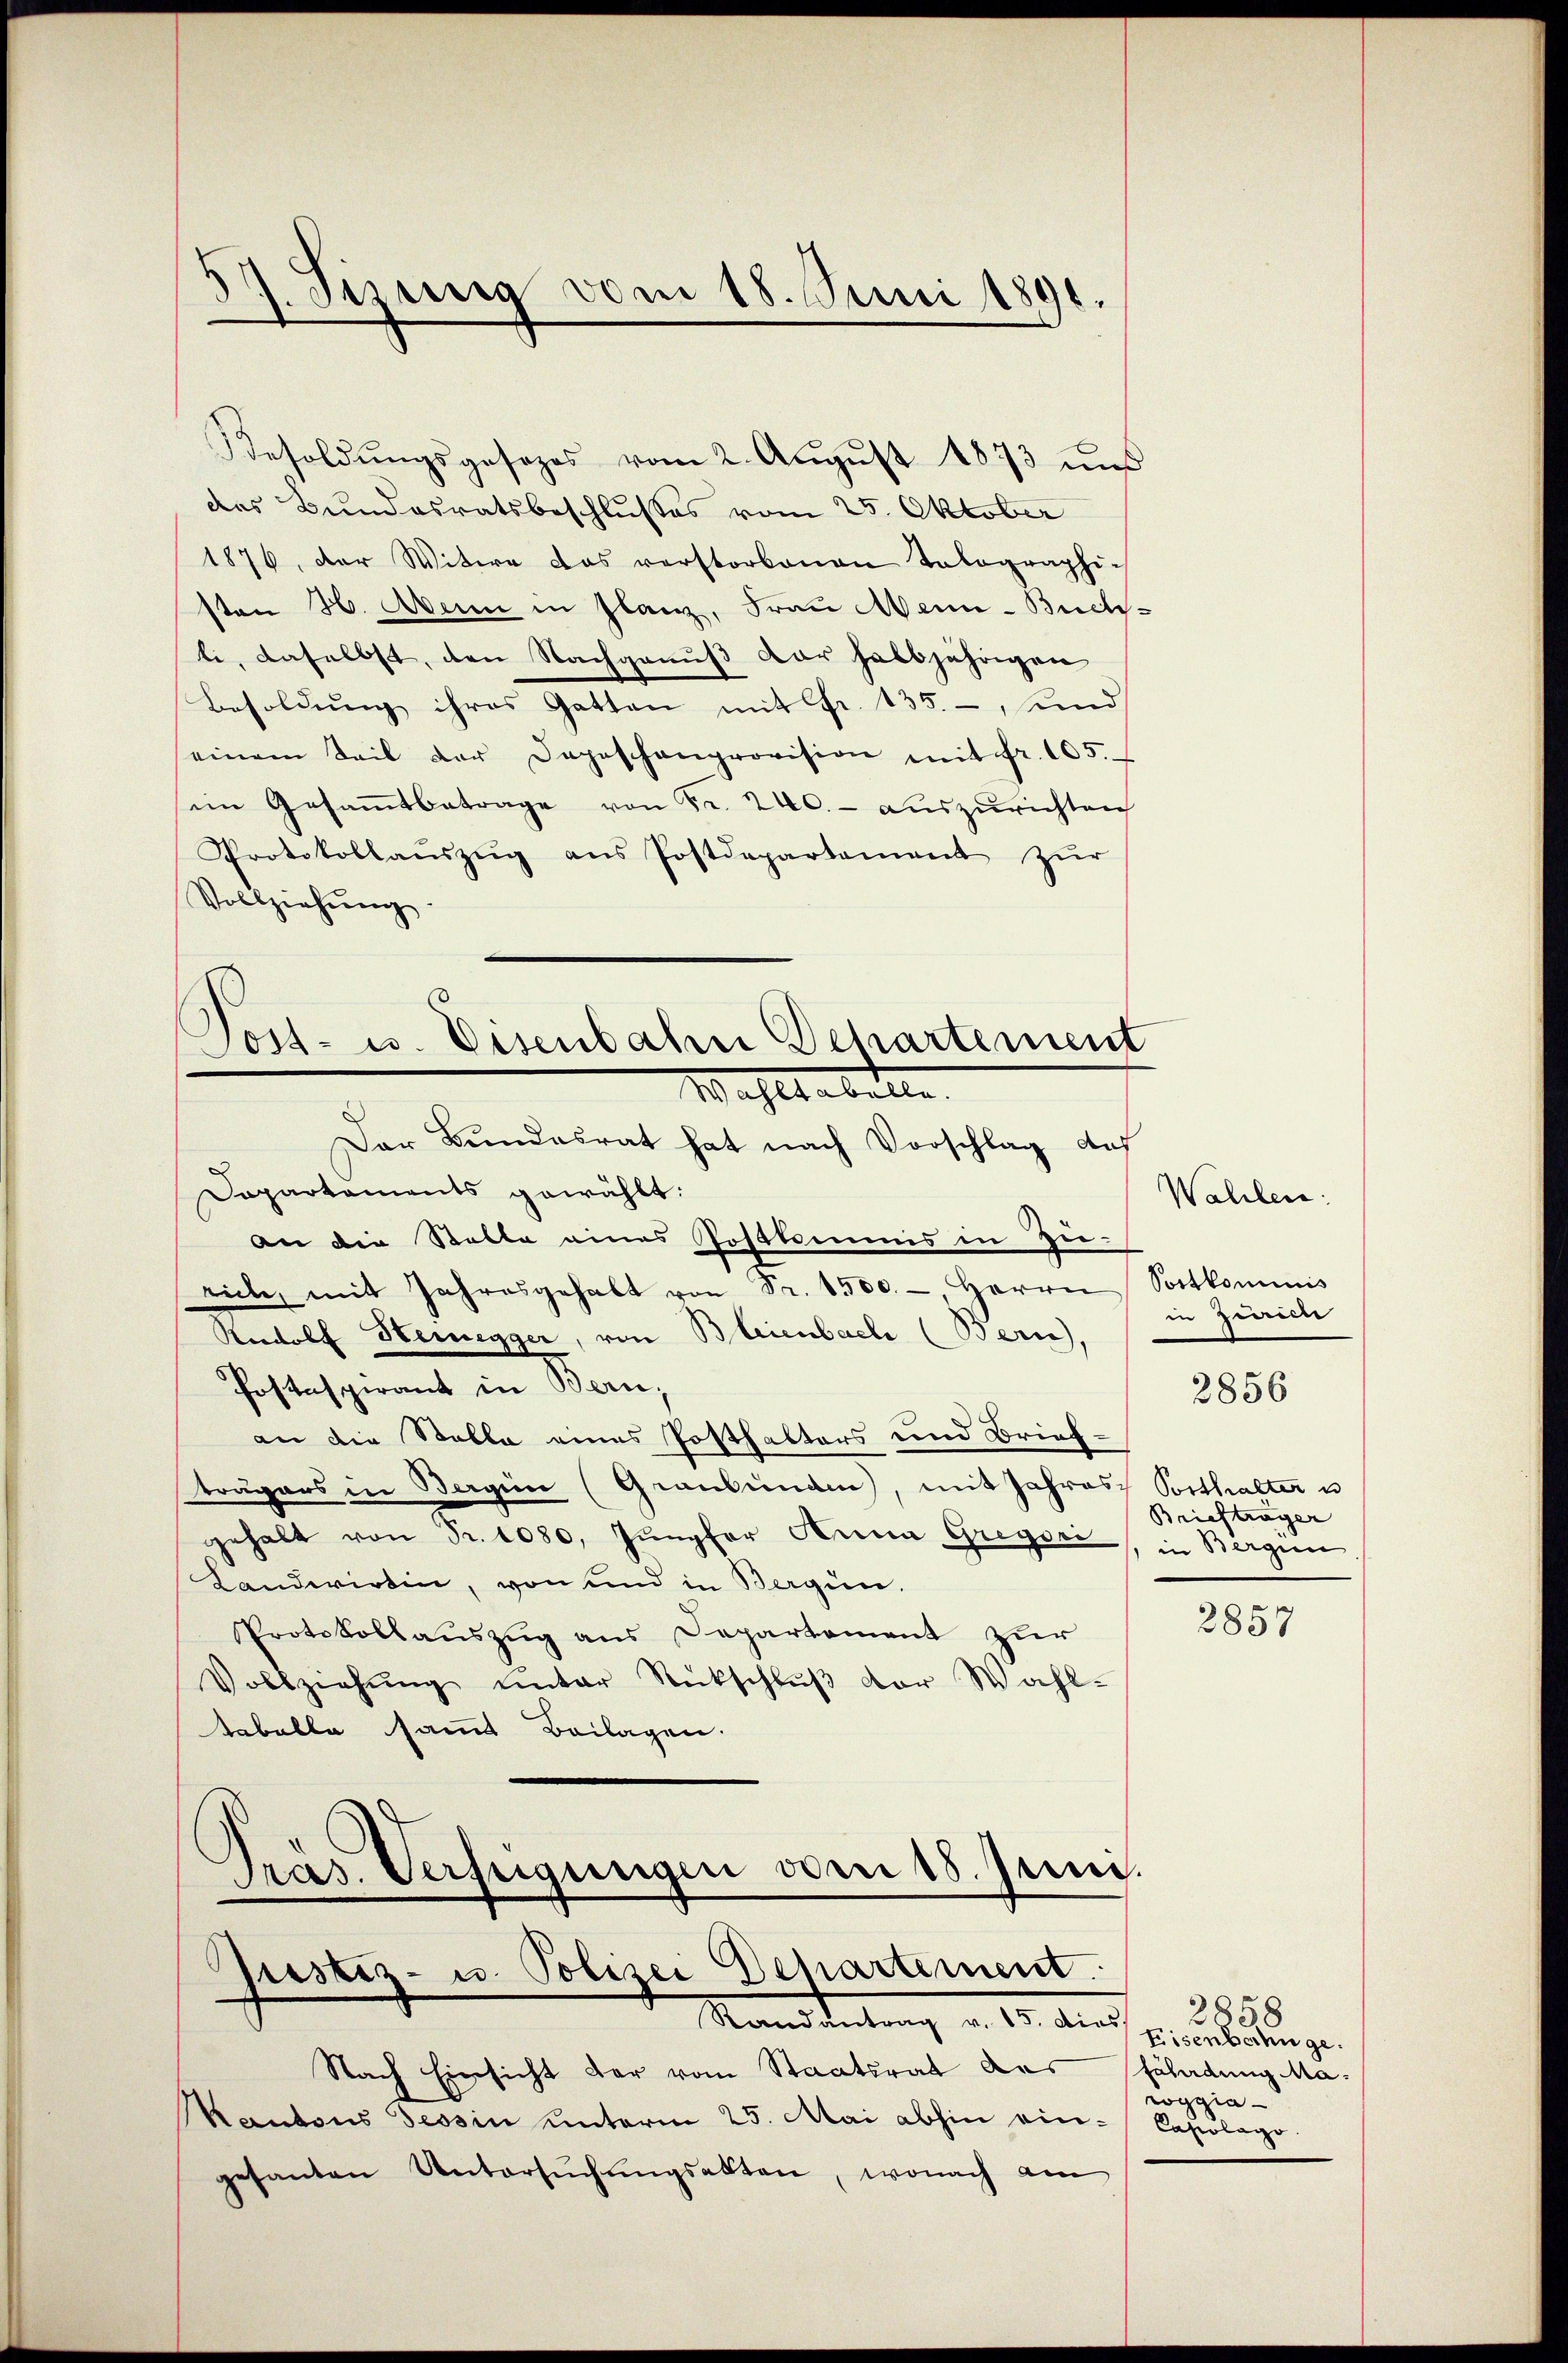
Besoldŭngsgesezes vom 2. Aŭgŭst 1873 und
des Bundesratsbeschlusses vom 25. Oktober
1876, der Witwe das verstorbenen Tabographi-
sten H. Anni in flanz, Frau Mein-Buch-
ti, daselbst, den Nachgenuß der halbjährigen
Besoldŭng ihres Gatten mit fr. 135. -, und
einem Teil der Depeschenprovision mit fr. 105.
im Gesaṁtbetrage von Fr. 240.- aŭszŭrichten
Protokollaŭszŭg ans Postdepartement zŭr
Vollziehŭng
Sost- u. Eisenbahn Departement

A. Sizung vom 18. Juni 1891.

Wahls abelle.

Der Bundesrat hat nach Vorschlag auf
Dapartements gewählt:
an die Statte eines Postkommis in Zu-
eiche, mit Jahresgehalt von Fr. 1500. - Herrn
Radolf Heinegger, von Bleienbach (Bern,
Postaspirant in Bern,
an die Stable eines Posthalters und Brief-
trägers in Bergen (Graubünden, mit Jahres
gehalt von Fr. 1080. Jungfer Anna Gregori
Landwirtin, von und in Begün-
Protokollauszug aus Departement zur
Vollziehŭng ŭnter Rückschlŭβ der Wahl-
tabelle samt Beilagen.
Pras. Verfügungen vom 18. Juni.

justiz- u. Polizei Departement
Mandeutung v. 15. Mai 1888

Nach Einsicht der vom Staatsrat das
Kantons Tessin unterm 25. Mai abhin eingesanten Untersŭchŭngsakten, wonach am

Wahlen:
Sortkominis
in Zurien

2856

Vorthalter u
Brieftrager
in Bergen

2857

Eisenberhüge.
fährdung Ma
roggia -
Capolago